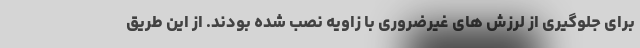
برای جلوگیری از لرزش های غیرضروری با زاویه نصب شده بودند. از این طریق